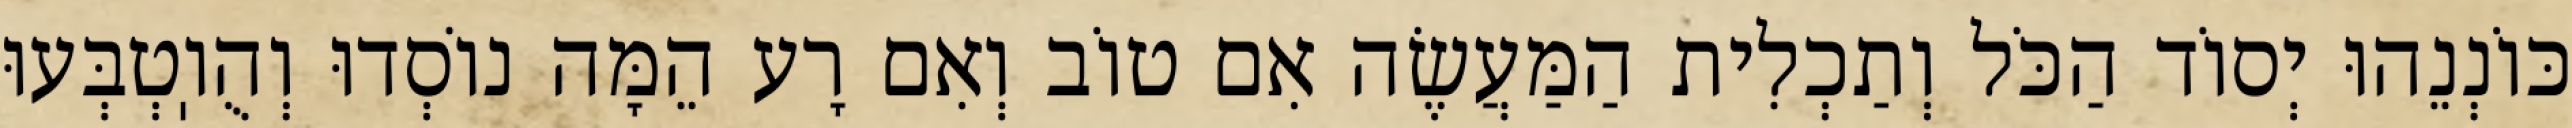
כּוֹנְנֵהוּ יְסוֹד הַכֹּל וְתַכְלִית הַמַּעֲשֶׂה אִם טוֹב וְאִם רָע הֵמָּה נוֹסְדוּ וְהֻוֽטְבְּעוּ